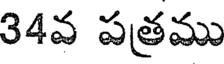
34వ పత్రము